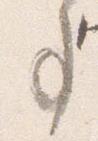
事